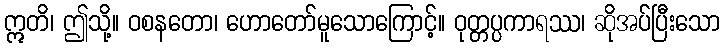
ဣတိ၊ ဤသို့။ ဝစနတော၊ ဟောတော်မူသောကြောင့်။ ဝုတ္တပ္ပကာရဿ၊ ဆိုအပ်ပြီးသော